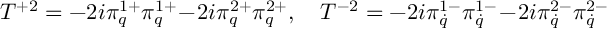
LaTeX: T ^ { + 2 } = - 2 i \pi _ { q } ^ { 1 + } \pi _ { q } ^ { 1 + } \! - \! 2 i \pi _ { q } ^ { 2 + } \pi _ { q } ^ { 2 + } , \quad T ^ { - 2 } = - 2 i \pi _ { \dot { q } } ^ { 1 - } \pi _ { \dot { q } } ^ { 1 - } \! - \! 2 i \pi _ { \dot { q } } ^ { 2 - } \pi _ { \dot { q } } ^ { 2 - }